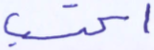
اكتسب